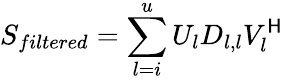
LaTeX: S_{filtered}=\sum_{l=i}^{u}U_{l}D_{l,l}V_{l}^{\mathsf{H}}